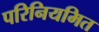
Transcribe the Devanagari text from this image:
परिनियमित